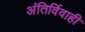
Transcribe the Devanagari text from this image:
अंतिर्विवाही